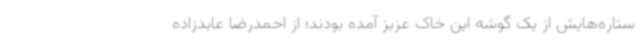
ستاره‌هایش از یک گوشه این خاک عزیز آمده بودند؛ از احمدرضا عابدزاده